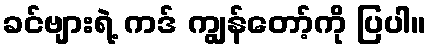
ခင်ဗျားရဲ့ ကဒ် ကျွန်တော့်ကို ပြပါ။